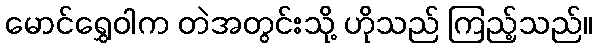
မောင်ရွှေဝါက တဲအတွင်းသို့ ဟိုသည် ကြည့်သည်။